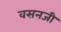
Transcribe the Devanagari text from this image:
वसनजी